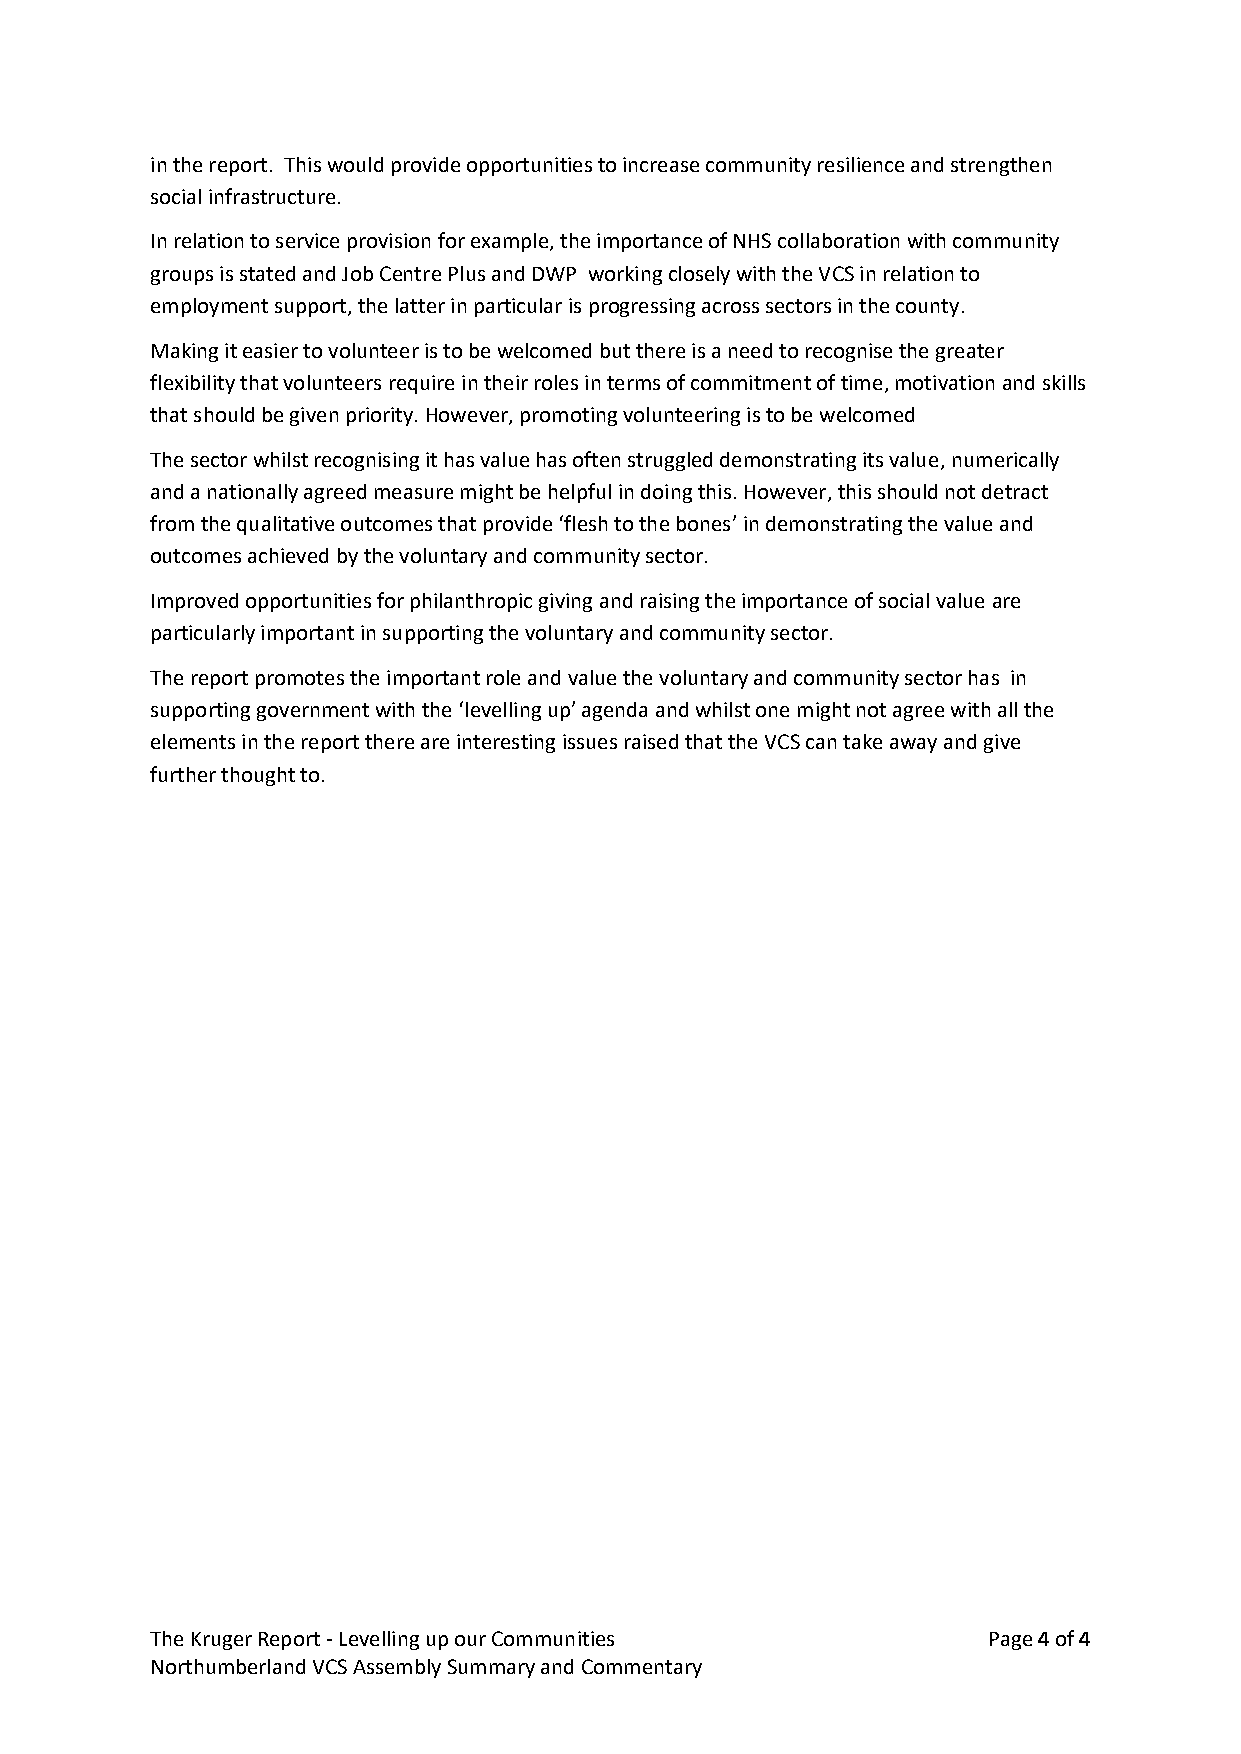
in the report. This would provide opportunities to increase community resilience and strengthen
 social infrastructure.
 In relation to service provision for example, the importance of NHS collaboration with community
 groups is stated and Job Centre Plus and DWP working closely with the VCS in relation to
 employment support, the latter in particular is progressing across sectors in the county.
 Making it easier to volunteer is to be welcomed but there is a need to recognise the greater
 flexibility that volunteers require in their roles in terms of commitment of time, motivation and skills
 that should be given priority. However, promoting volunteering is to be welcomed
 The sector whilst recognising it has value has often struggled demonstrating its value, numerically
 and a nationally agreed measure might be helpful in doing this. However, this should not detract
 from the qualitative outcomes that provide ‘flesh to the bones’ in demonstrating the value and
 outcomes achieved by the voluntary and community sector.
 Improved opportunities for philanthropic giving and raising the importance of social value are
 particularly important in supporting the voluntary and community sector.
 The report promotes the important role and value the voluntary and community sector has in
 supporting government with the ‘levelling up’ agenda and whilst one might not agree with all the
 elements in the report there are interesting issues raised that the VCS can take away and give
 further thought to.
 The Kruger Report - Levelling up our Communities       Page 4 of 4
 Northumberland VCS Assembly Summary and Commentary